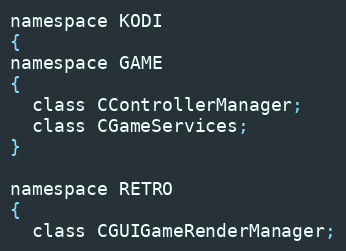
Language: C
namespace KODI
{
namespace GAME
{
  class CControllerManager;
  class CGameServices;
}

namespace RETRO
{
  class CGUIGameRenderManager;